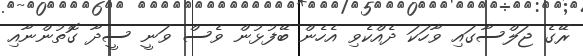
ރޭގެ ޖަލްސާގައި ވާހަކަ ދެއްކެވި އެހެން ބޭފުޅުން ވެސް ވަނީ ސީދާ ގޮތުންނާއި